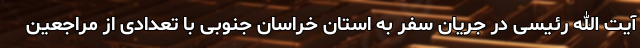
آیت الله رئیسی در جریان سفر به استان خراسان جنوبی با تعدادی از مراجعین